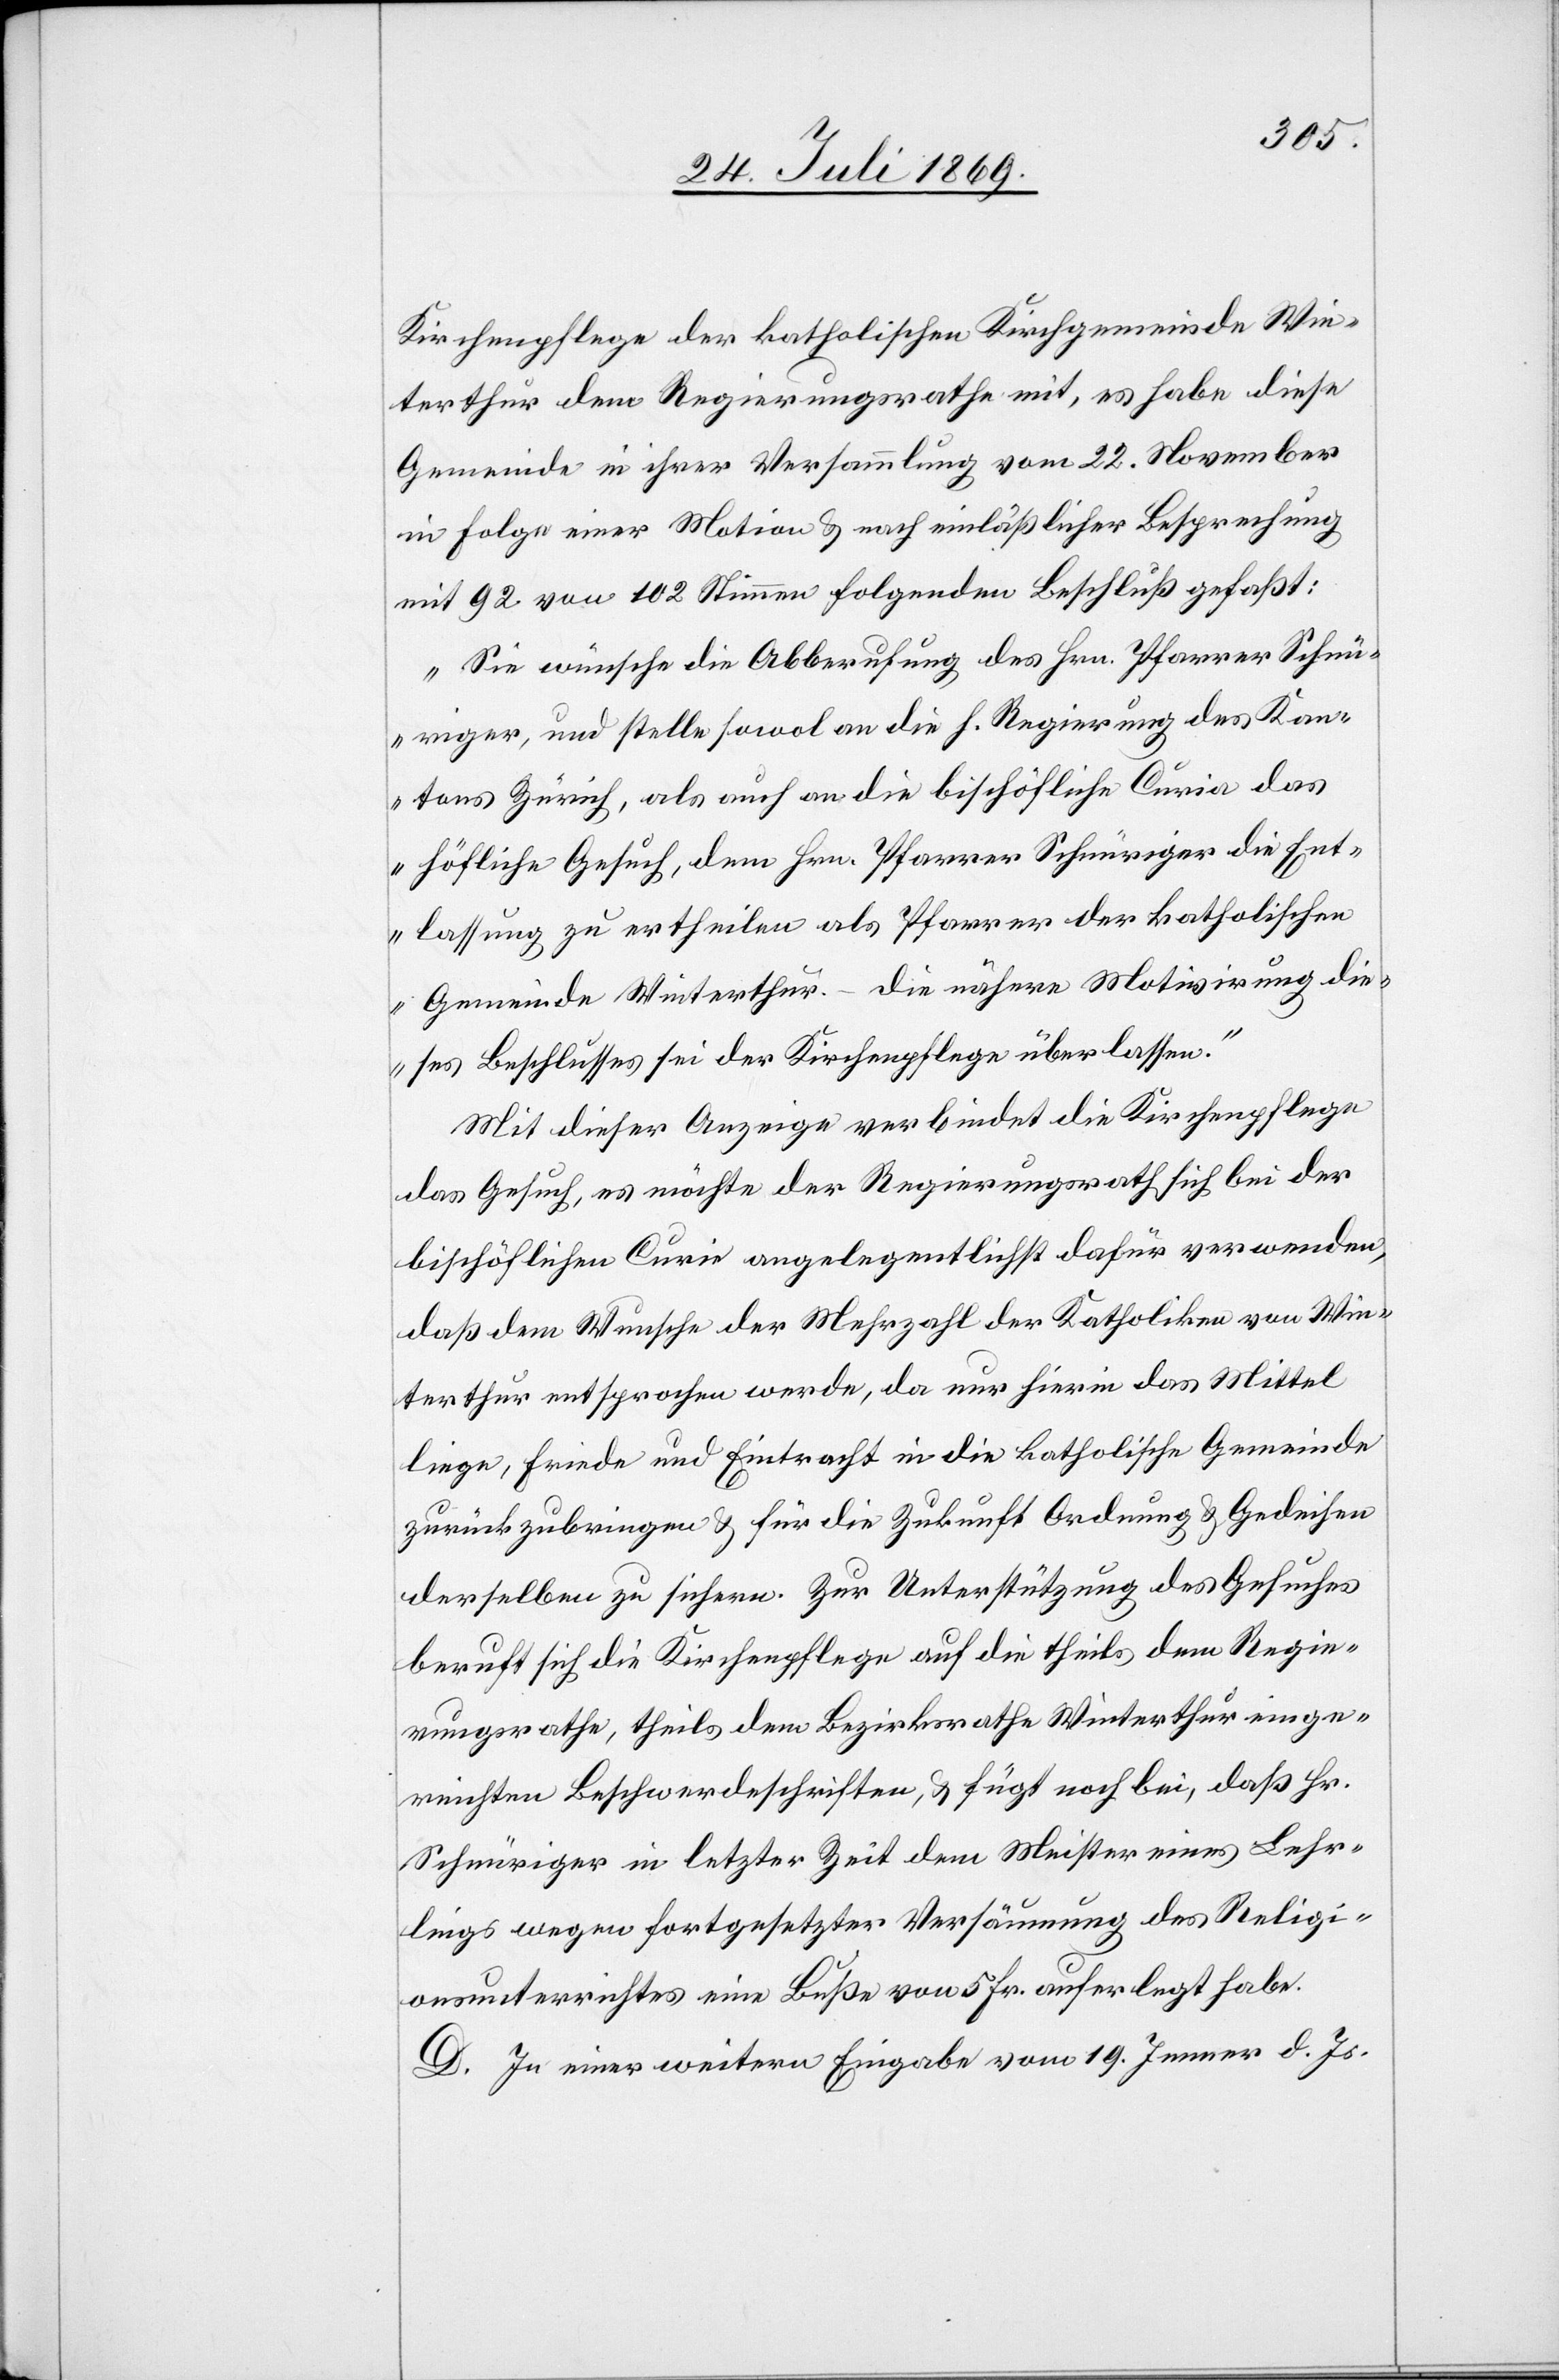
Kirchenpflege der katholischen Kirchgemeinde Win¬
terthur dem Regierungsrathe mit, es habe diese
Gemeinde in ihrer Versammlung vom 22. November
in Folge einer Motion u. nach einläßlicher Besprechung
mit 92 von 102 Stimmen folgenden Beschluß gefaßt:
„Sie wünsche die Abberufung des Hrn. Pfarrer Schnü¬
riger, und stelle sowol an die h. Regierung des Kan¬
tons Zürich, als auch an die bischöfliche Curia das
höfliche Gesuch, dem Hrn. Pfarrer Schnüriger die Ent¬
lassung zu ertheilen als Pfarrer der katholischen
Gemeinde Winterthur. – die nähere Motivirung die¬
ses Beschlusses sei der Kirchenpflege zu überlassen.“
Mit dieser Anzeige verbindet die Kirchenpflege
das Gesuch, es möchte der Regierungsrath sich bei der
bischöflichen Curie angelegentlichst dafür verwenden,
daß dem Wunsche der Mehrzahl der Katholiken von Win¬
terthur entsprochen werde, da nur hierin das Mittel
liege, Friede und Eintracht in die katholische Gemeinde
zurückzubringen u. für die Zukunft Ordnung u. Gedeihen
derselben zu sichern. Zur Unterstützung des Gesuches
beruft sich die Kirchenpflege auf die theils dem Regie¬
rungsrathe, theils dem Bezirksrathe Winterthur einge¬
reichten Beschwerdeschriften, u. fügt noch bei, daß Hr.
Schnüriger in letzter Zeit dem Meister eines Lehr¬
lings wegen fortgesetzter Versäumung des Religi¬
onsunterrichtes eine Buße von 5 Fr. auferlegt habe.
D. In einer weitern Eingabe vom 19. Jenner d. Js.